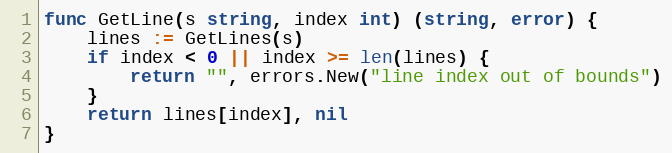
Language: Go
func GetLine(s string, index int) (string, error) {
	lines := GetLines(s)
	if index < 0 || index >= len(lines) {
		return "", errors.New("line index out of bounds")
	}
	return lines[index], nil
}